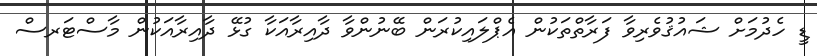
ޑީ ހެދުމަށް ޝައުޤުވެރިވާ ފަރާތްތަކުން އެޕްލައިކުރަން ބޭނުންވާ ދާއިރާއަކާ ގުޅޭ ދާއިރާއަކުން މާސްޓަރސް